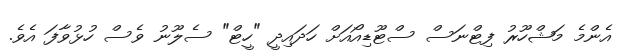
އެންމެ މަޝްހޫރު ފިޓްނަސް ސްޓޫޑިއޯއަށް ހަދައިދީ "ހީޓް" ސެލޫނު ވެސް ހުޅުވާފަ އެވެ.